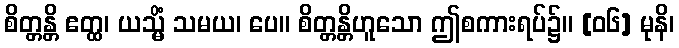
စိတ္တန္တိ ဧတ္ထ၊ ယသ္မိံ သမယ၊ ပေ။ စိတ္တန္တိဟူသော ဤစကားရပ်၌။ [၀၆] မုနိ၊